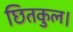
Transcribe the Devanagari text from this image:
छितकुल।